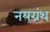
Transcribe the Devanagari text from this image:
नयग्रंथ